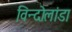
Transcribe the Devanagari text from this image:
विन्दोलांडा